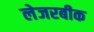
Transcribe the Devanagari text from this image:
लेजरबीक